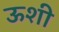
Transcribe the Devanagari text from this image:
ऊशी